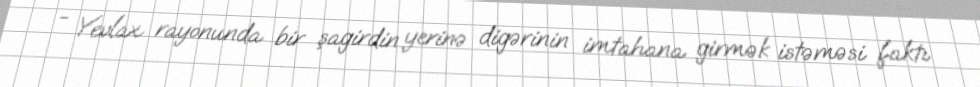
- Yevlax rayonunda bir şagirdin yerinə digərinin imtahana girmək istəməsi faktı